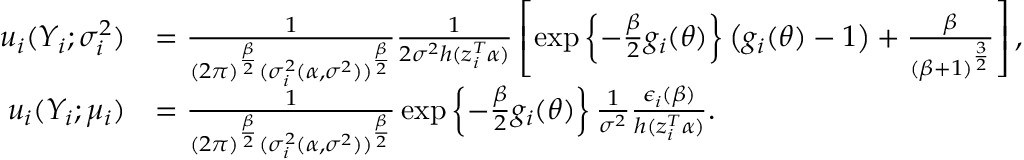
\begin{array} { r l } & { } \\ { u _ { i } ( Y _ { i } ; \sigma _ { i } ^ { 2 } ) } & { = \frac { 1 } { ( 2 \pi ) ^ { \frac { \beta } { 2 } } ( \sigma _ { i } ^ { 2 } ( \boldsymbol { \alpha } , \sigma ^ { 2 } ) ) ^ { \frac { \beta } { 2 } } } \frac { 1 } { 2 \sigma ^ { 2 } h ( \boldsymbol { z } _ { i } ^ { T } \boldsymbol { \alpha } ) } \left[ \exp \left\{ - \frac { \beta } { 2 } g _ { i } ( \boldsymbol { \theta } ) \right\} \left( g _ { i } ( \boldsymbol { \theta } ) - 1 \right) + \frac { \beta } { ( \beta + 1 ) ^ { \frac { 3 } { 2 } } } \right] , } \\ { u _ { i } ( Y _ { i } ; \mu _ { i } ) } & { = \frac { 1 } { ( 2 \pi ) ^ { \frac { \beta } { 2 } } ( \sigma _ { i } ^ { 2 } ( \boldsymbol { \alpha } , \sigma ^ { 2 } ) ) ^ { \frac { \beta } { 2 } } } \exp \left\{ - \frac { \beta } { 2 } g _ { i } ( \boldsymbol { \theta } ) \right\} \frac { 1 } { \sigma ^ { 2 } } \frac { \epsilon _ { i } ( \boldsymbol { \beta } ) } { h ( \boldsymbol { z } _ { i } ^ { T } \boldsymbol { \alpha } ) } . } \end{array}